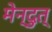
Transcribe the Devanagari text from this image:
मेन्दुत्